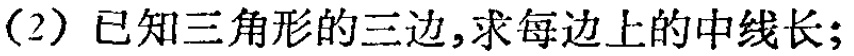
(2) 已知三角形的三边，求每边上的中线长；